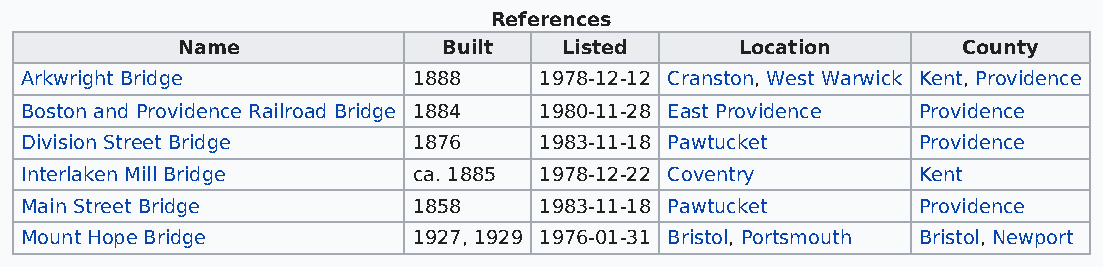
References
 Name             Built   Listed      Location       County
 Arkwright Bridge          1888     1978-12-12 Cranston, West Warwick Kent, Providence
 Boston and Providence Railroad Bridge 1884 1980-11-28 East Providence Providence
 Division Street Bridge    1876     1983-11-18 Pawtucket     Providence
 Interlaken Mill Bridge    ca. 1885 1978-12-22 Coventry      Kent
 Main Street Bridge        1858     1983-11-18 Pawtucket     Providence
 Mount Hope Bridge         1927, 1929 1976-01-31 Bristol, Portsmouth Bristol, Newport